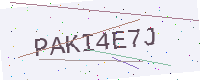
Text: PAKI4E7J